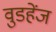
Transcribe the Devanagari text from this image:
वुडहेंज